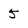
Character: 5